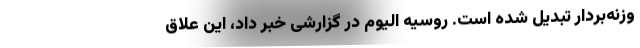
وزنه‌بردار تبدیل شده است. روسیه الیوم در گزارشی خبر داد، این علاق